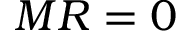
M R = 0